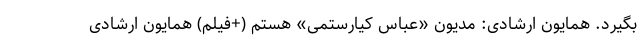
بگیرد. همایون ارشادی: مدیون «عباس کیارستمی» هستم (+فیلم) همایون ارشادی